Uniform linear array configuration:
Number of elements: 32
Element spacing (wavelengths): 0.5
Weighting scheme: kaiser
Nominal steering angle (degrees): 60
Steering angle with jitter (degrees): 58.761
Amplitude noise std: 0.05
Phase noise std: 0.05

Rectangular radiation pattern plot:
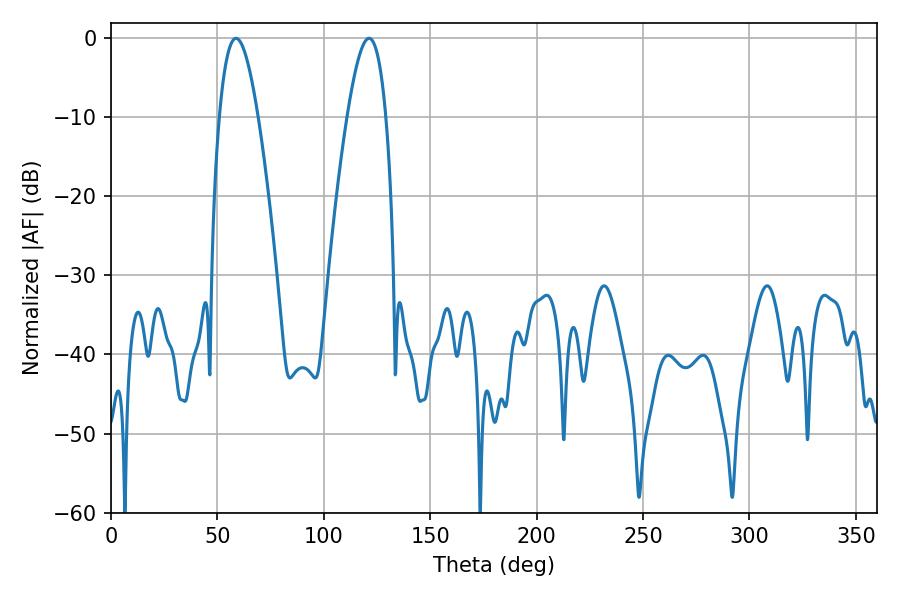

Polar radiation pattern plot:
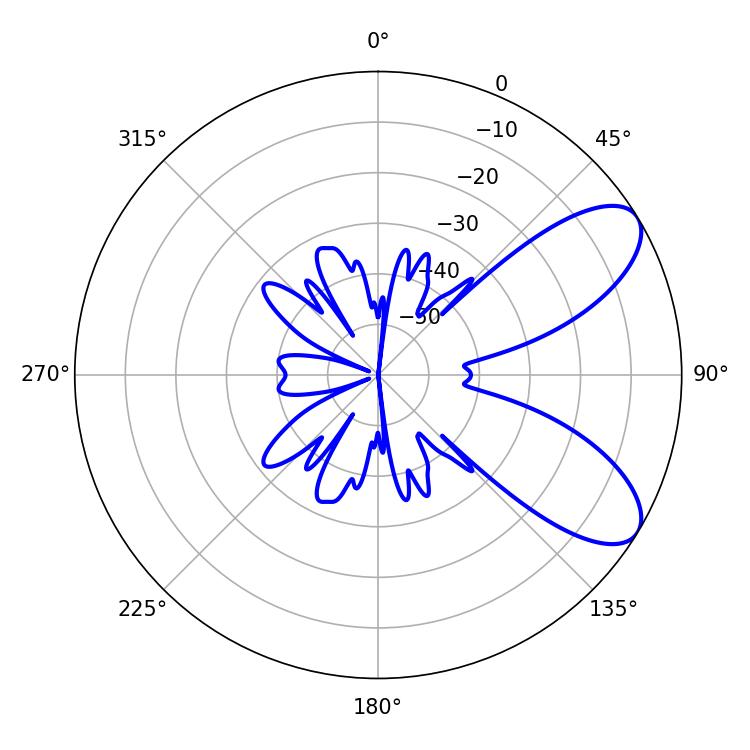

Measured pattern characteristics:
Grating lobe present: FALSE
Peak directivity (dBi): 7.942
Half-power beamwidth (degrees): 9.9
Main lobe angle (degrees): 58.68